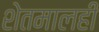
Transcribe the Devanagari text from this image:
शेतमालही